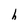
Character: h